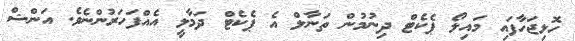
ހޮޅިޖަހާފައި މައިލޯ ޕެކެޓް ދިނުމުން ތަނާލް އެ ޕެކެޓް ދަމާލީ އެއްފަހަރުންނެވެ. އަންޝް